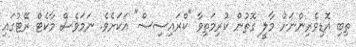
ތިބި އޮޑިވެރިންނަށް މާލީ ގޮތުން ކުރިމަތިވާ "ކްރައިސިސް" އަކަށެވެ. ނަމަވެސް މާކެޓް ރޭޓުގައި